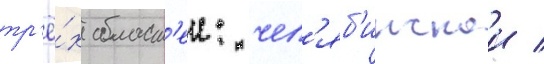
тр'ё́х област'еи: чел'яб'инскои /